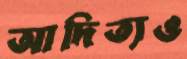
আদিত্যও